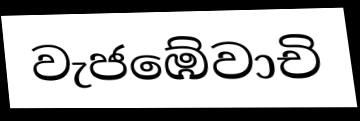
වැජඹේවාචි